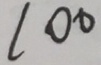
1 0 0